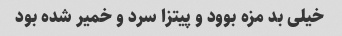
خیلی بد مزه بوود و پیتزا سرد و خمیر شده بود